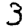
Digit: 3